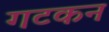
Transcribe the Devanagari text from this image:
गटकन